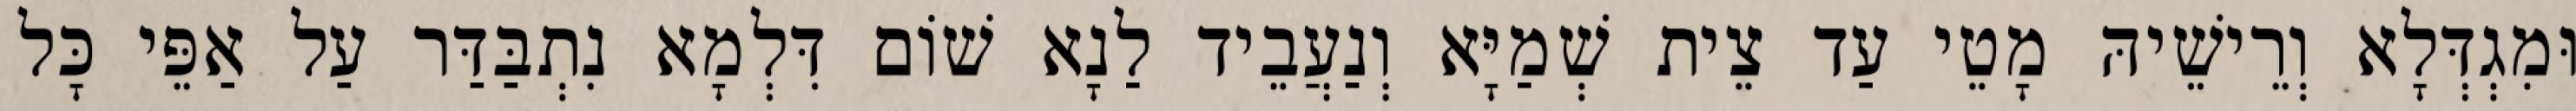
וּמִגְדְּלָא וְרֵישֵׁיהּ מָטֵי עַד צֵית שְׁמַיָּא וְנַעֲבֵיד לַנָא שׁוֹם דִּלְמָא נִתְבַּדַּר עַל אַפֵּי כָּל